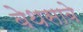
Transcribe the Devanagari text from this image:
बेथसाबे